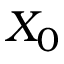
X _ { 0 }